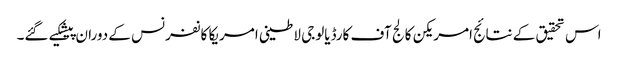
اس تحقیق کے نتائج امریکن کالج آف کارڈیالوجی لاطینی امریکا کانفرنس کے دوران پیشکیے گئے۔